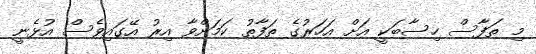
މި ތަފާސް ހިސާބަކީ އަށް އަހަރުގެ ތަފާތު ކަމަށްވާ އިރު އޭގައިވެސް އުޅެނީ